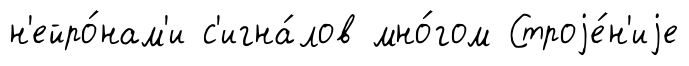
н'ейро́нам'и с'игна́лов мно́гом Строjе́н'иjе